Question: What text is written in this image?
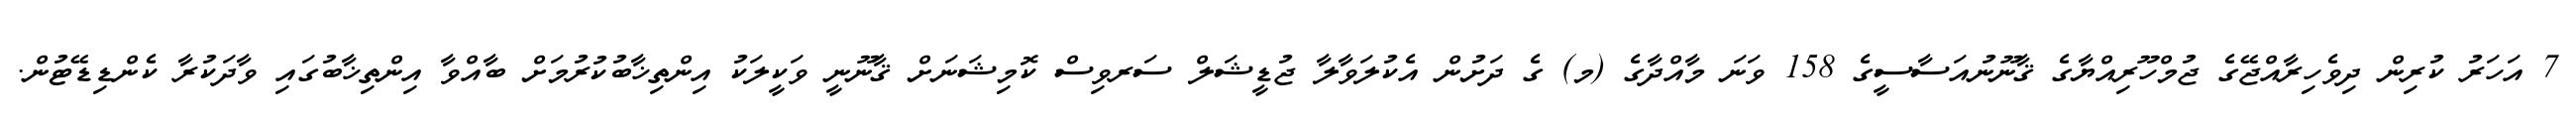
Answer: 7 އަހަރު ކުރިން ދިވެހިރާއްޖޭގެ ޖުމްހޫރިއްޔާގެ ޤާނޫނުއަސާސީގެ 158 ވަނަ މާއްދާގެ (މ) ގެ ދަށުން އެކުލަވާލާ ޖުޑީޝަލް ސަރވިސް ކޮމިޝަނަށް ޤާނޫނީ ވަކީލަކު އިންތިޚާބުކުރުމަށް ބާއްވާ އިންތިޚާބުގައި ވާދަކުރާ ކެންޑިޑޭޓުން.